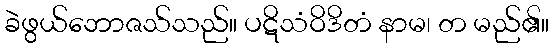
ခဲဖွယ်ဘောဇသ်သည်။ ပဋိသံဝိဒိတံ နာမ၊ တ မည်၏။